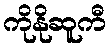
ကိုနိုဆူကီ